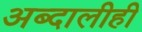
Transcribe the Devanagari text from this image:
अब्दालीही